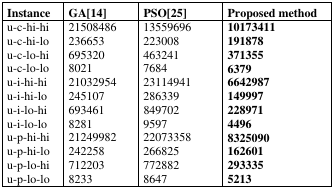
| Instance | GA[14] | PSO[25] | Proposed method |
 | --- | --- | --- | --- |
 | u-c-hi-hi | 21508486 | 13559696 | 10173411 |
 | u-c-hi-lo | 236653 | 223008 | 191878 |
 | u-c-lo-hi | 695320 | 463241 | 371355 |
 | u-c-lo-lo | 8021 | 7684 | 6379 |
 | u-i-hi-hi | 21032954 | 23114941 | 6642987 |
 | u-i-hi-lo | 245107 | 286339 | 149997 |
 | u-i-lo-hi | 693461 | 849702 | 228971 |
 | u-i-lo-lo | 8281 | 9597 | 4496 |
 | u-p-hi-hi | 21249982 | 22073358 | 8325090 |
 | u-p-hi-lo | 242258 | 266825 | 162601 |
 | u-p-lo-hi | 712203 | 772882 | 293335 |
 | u-p-lo-lo | 8233 | 8647 | 5213 |